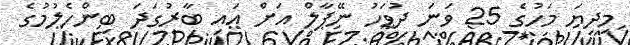
މިދިޔަ މަހުގެ 25 ވަނަ ދުވަހު ނޭޕާލް އަށް އައި ބާރުގަދަ ބިންހެލުމުގެ